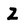
Character: Z